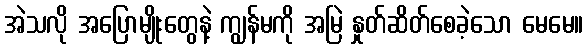
အဲသလို အပြောမျိုးတွေနဲ့ ကျွန်မကို အမြဲ နှုတ်ဆိတ်စေခဲ့သော မေမေ။